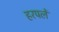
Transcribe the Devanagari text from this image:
हरपलें